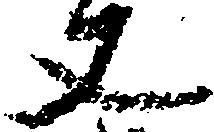
丈